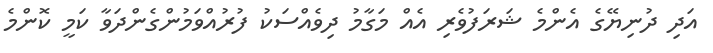
އަދި ދުނިޔޭގެ އެންމެ ޝަރަފުވެރި އެއް މަގާމު ދިވެއްސަކު ފުރުއްވަމުންގެންދަވާ ކަމީ ކޮންމެ